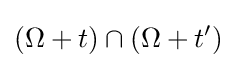
(\Omega +t)\cap (\Omega +t')